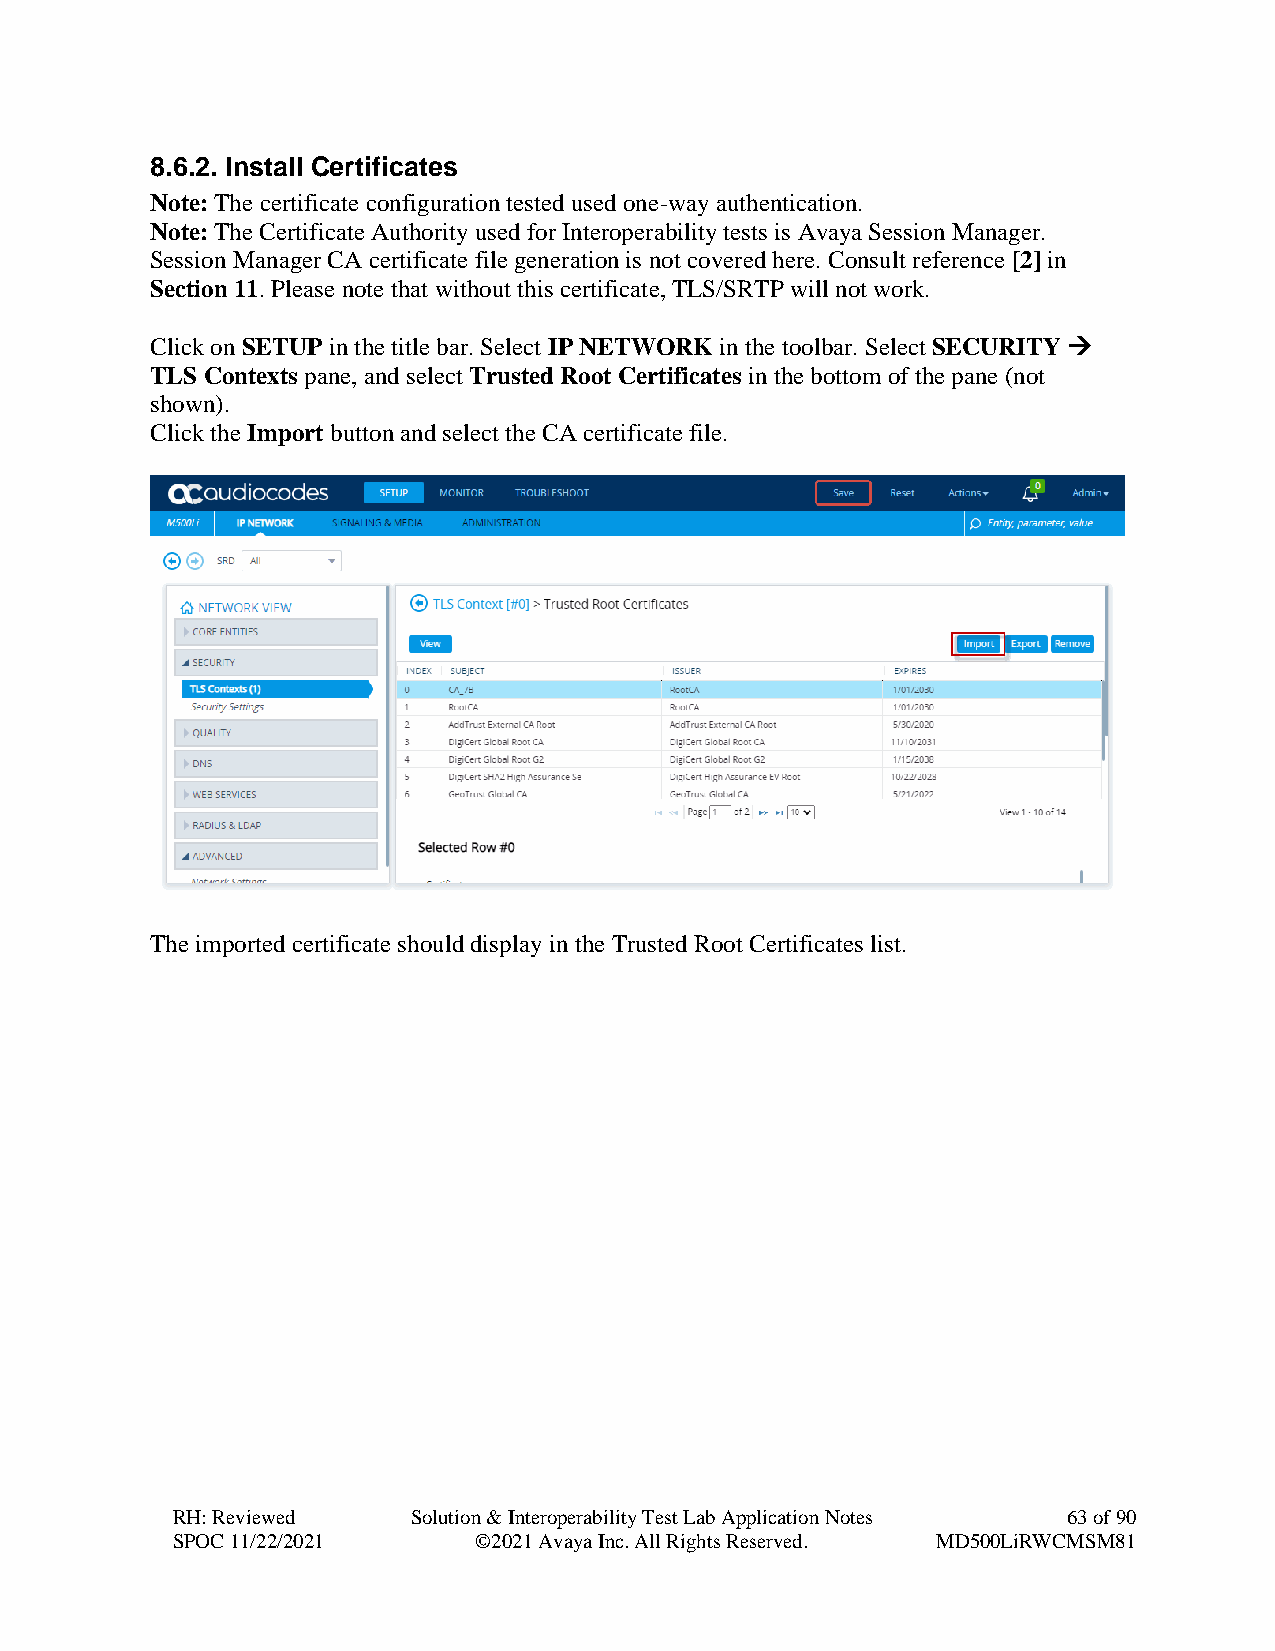
8.6.2. Install Certificates
 Note: The certificate configuration tested used one-way authentication.
 Note: The Certificate Authority used for Interoperability tests is Avaya Session Manager.
 Session Manager CA certificate file generation is not covered here. Consult reference [2] in
 Section 11. Please note that without this certificate, TLS/SRTP will not work.
 Click on SETUP in the title bar. Select IP NETWORK in the toolbar. Select SECURITY →
 TLS Contexts pane, and select Trusted Root Certificates in the bottom of the pane (not
 shown).
 Click the Import button and select the CA certificate file.
 The imported certificate should display in the Trusted Root Certificates list.
 RH: Reviewed    Solution & Interoperability Test Lab Application Notes 63 of 90
 SPOC 11/22/2021     ©2021 Avaya Inc. All Rights Reserved. MD500LiRWCMSM81